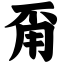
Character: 甭